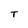
Character: T